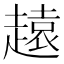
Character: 𧽚